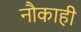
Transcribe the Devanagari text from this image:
नौकाही